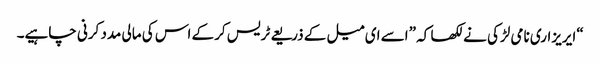
“ایریزاری نامی لڑکی نے لکھا کہ ”اسے ای میل کے ذریعے ٹریس کرکے اس کی مالی مدد کرنی چاہیے۔